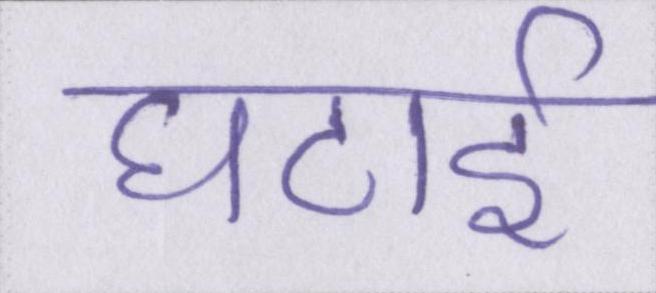
घटाई